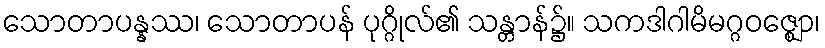
သောတာပန္နဿ၊ သောတာပန် ပုဂ္ဂိုလ်၏ သန္တာန်၌။ သကဒါဂါမိမဂ္ဂဝဇ္ဈော၊